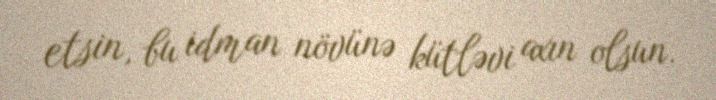
etsin, bu idman növünə kütləvi axın olsun.